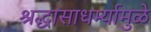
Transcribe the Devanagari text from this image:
श्रद्धासाधर्म्यामुळे